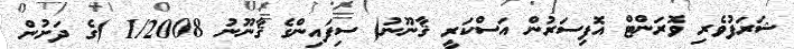
ޝަރަފުވެރި ވޮރަންޓް އޮފިސަރުން އަސްކަރީ ޤާނޫނު( ސިފައިންގެ ޤާނޫނު 1/2008 )ގެ ދަށުން